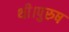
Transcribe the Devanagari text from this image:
थी।पुरुष